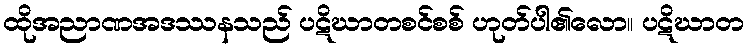
ထိုအညာဏအဒဿနသည် ပဋိဃာတစင်စစ် ဟုတ်ပါ၏လော။ ပဋိဃာတ